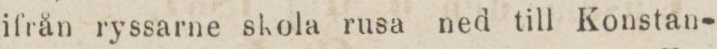
ifrån ryssarne skola rusa ned till Konstan-